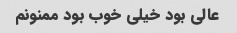
عالی بود خیلی خوب بود ممنونم